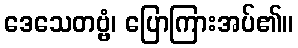
ဒေသေတဗ္ဗံ၊ ပြောကြားအပ်၏။